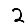
Digit: 2